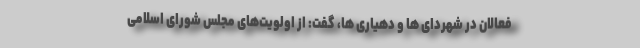
فعالان در شهردای ها و دهیاری ها، گفت: از اولویت‌های مجلس شورای اسلامی